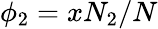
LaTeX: \phi_{2}=xN_{2}/N